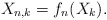
\begin{align*}X_{n,k}=f_{n}(X_{k}). \end{align*}